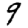
Digit: 9